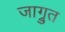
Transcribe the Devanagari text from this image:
जाग्रुत